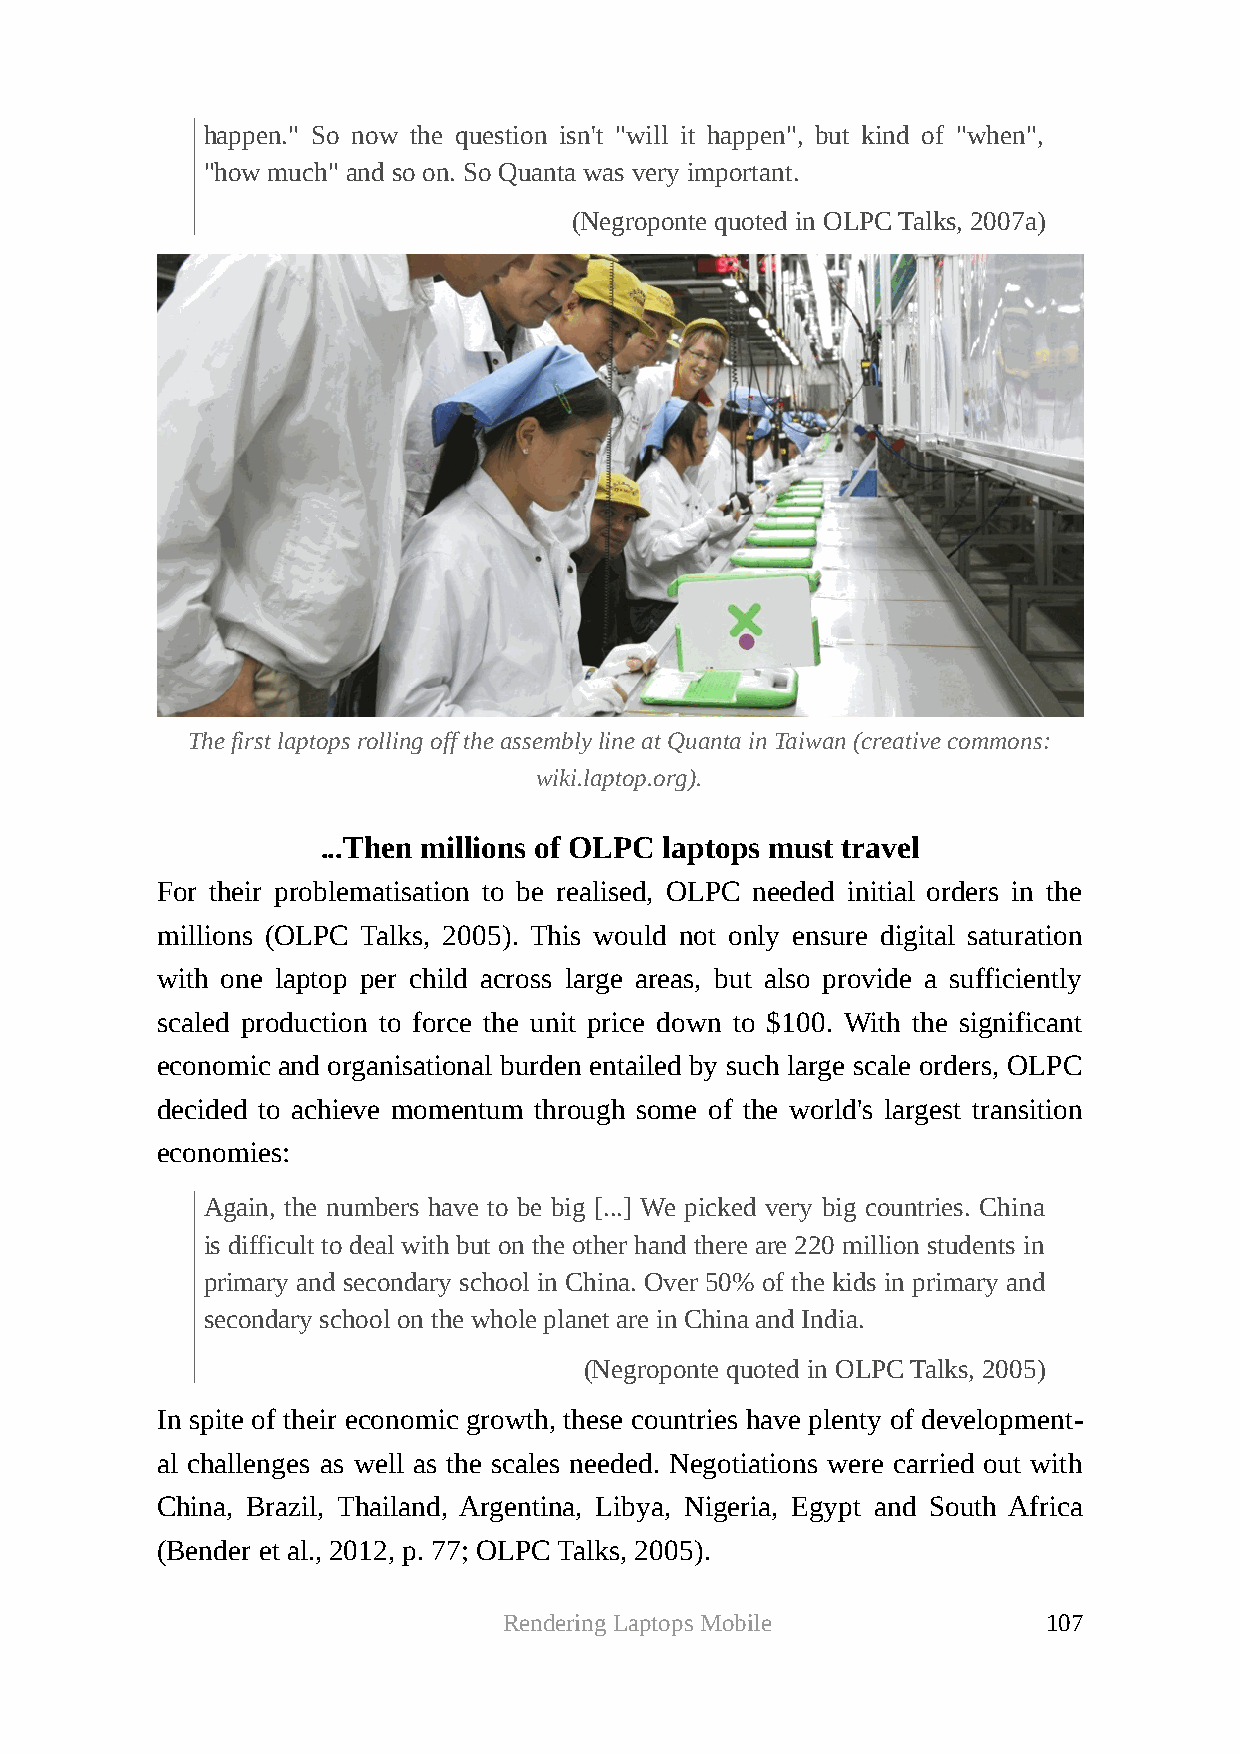
happen." So now the question isn't "will it happen", but kind of "when",
 "how much" and so on. So Quanta was very important.
 (Negroponte quoted in OLPC Talks, 2007a)
 The first laptops rolling off the assembly line at Quanta in Taiwan (creative commons:
 wiki.laptop.org).
 ...Then millions of OLPC laptops must travel
 For their problematisation to be realised, OLPC needed initial orders in the
 millions (OLPC Talks, 2005). This would not only ensure digital saturation
 with one laptop per child across large areas, but also provide a sufficiently
 scaled production to force the unit price down to $100. With the significant
 economic and organisational burden entailed by such large scale orders, OLPC
 decided to achieve momentum through some of the world's largest transition
 economies:
 Again, the numbers have to be big [...] We picked very big countries. China
 is difficult to deal with but on the other hand there are 220 million students in
 primary and secondary school in China. Over 50% of the kids in primary and
 secondary school on the whole planet are in China and India.
 (Negroponte quoted in OLPC Talks, 2005)
 In spite of their economic growth, these countries have plenty of development-
 al challenges as well as the scales needed. Negotiations were carried out with
 China, Brazil, Thailand, Argentina, Libya, Nigeria, Egypt and South Africa
 (Bender et al., 2012, p. 77; OLPC Talks, 2005).
 Rendering Laptops Mobile            107